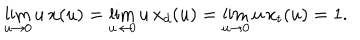
LaTeX: \lim _ { u \to 0 } u \, x ( u ) = \lim _ { u \to 0 } u \, x _ { d } ( u ) = \lim _ { u \to 0 } u \, x _ { t } ( u ) = 1 .